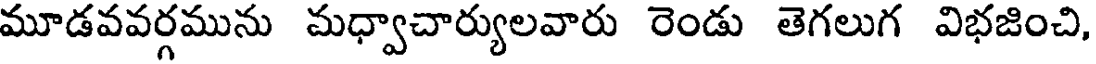
మూడవవర్గమును మధ్వాచార్యులవారు రెండు తెగలుగ విభజించి